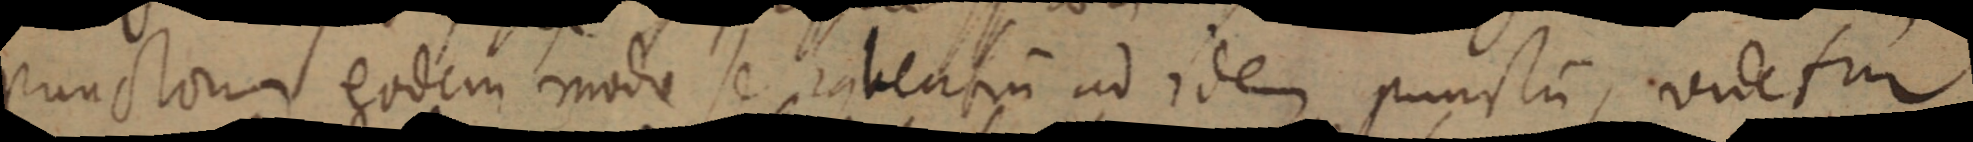
punctorum eodem mode se habentium ad idem punctum, videtur